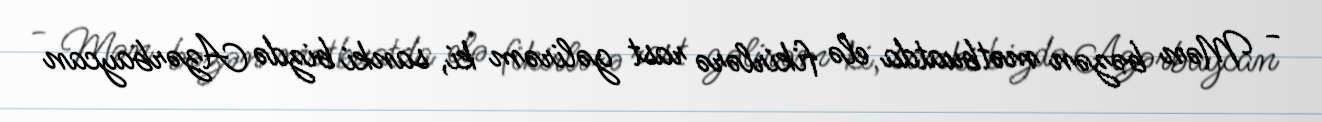
- Mən bəzən mətbuatda elə fikirlərə rast gəlirəm ki, sanki bizdə Azərbaycan